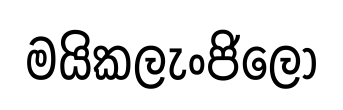
මයිකලැංජිලෝ